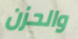
والحزن